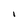
Character: I